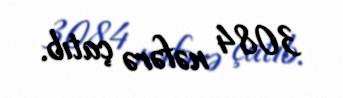
3084 nəfərə çatıb.